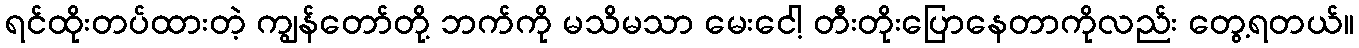
ရင်ထိုးတပ်ထားတဲ့ ကျွန်တော်တို့ ဘက်ကို မသိမသာ မေးငေါ့ တီးတိုးပြောနေတာကိုလည်း တွေ့ရတယ်။